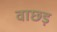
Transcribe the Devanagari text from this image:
वाछड़